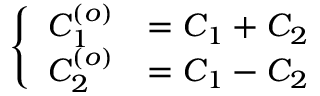
\left\{ \begin{array} { l l } { { C _ { 1 } ^ { ( o ) } } } & { { = C _ { 1 } + C _ { 2 } } } \\ { { C _ { 2 } ^ { ( o ) } } } & { { = C _ { 1 } - C _ { 2 } } } \end{array} \right.